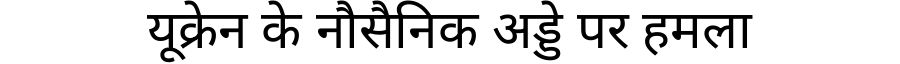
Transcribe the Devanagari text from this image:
यूक्रेन के नौसैनिक अड्डे पर हमला